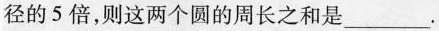
径的5倍，则这两个圆的周长之和是___.